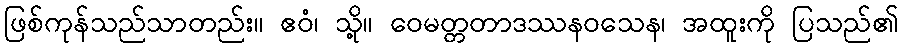
ဖြစ်ကုန်သည်သာတည်း။ ဧဝံ၊ သို့။ ဝေမတ္တတာဒဿနဝသေန၊ အထူးကို ပြသည်၏